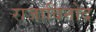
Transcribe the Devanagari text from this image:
राजाविनोद